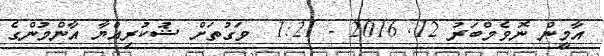
އާމީން ނޮވެމްބަރު 12